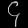
Digit: ၄